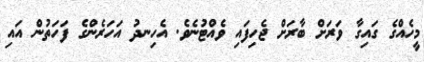
މީހެއްގެ ގައިގާ ވަރަށް ބާރަށް ޖެހިފައި ވެއްޓުނެވެ. އެހިނދު އަހަރެންގެ ފަހަތުން އައި